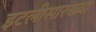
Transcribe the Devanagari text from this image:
इटलीसारख्या